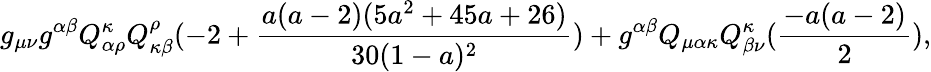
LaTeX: g_{\mu\nu}g^{\alpha\beta}Q_{\alpha\rho}^{\kappa}Q_{\kappa\beta}^{\rho}(-2+\frac{a(a-2)(5a^{2}+45a+26)}{30(1-a)^{2}})+g^{\alpha\beta}Q_{\mu\alpha\kappa}Q_{\beta\nu}^{\kappa}(\frac{-a(a-2)}{2}),